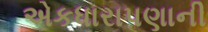
એકધારાપણાની